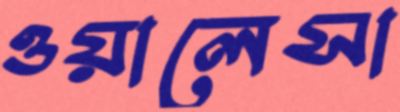
ওয়ালেসা